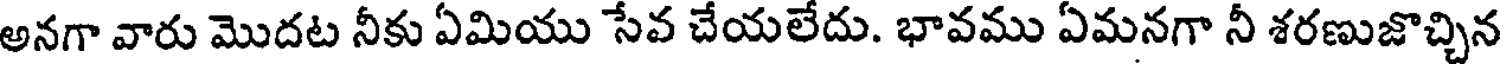
అనగా వారు మొదట నీకు ఏమియు సేవ చేయలేదు. భావము ఏమనగా నీ శరణుజొచ్చిన